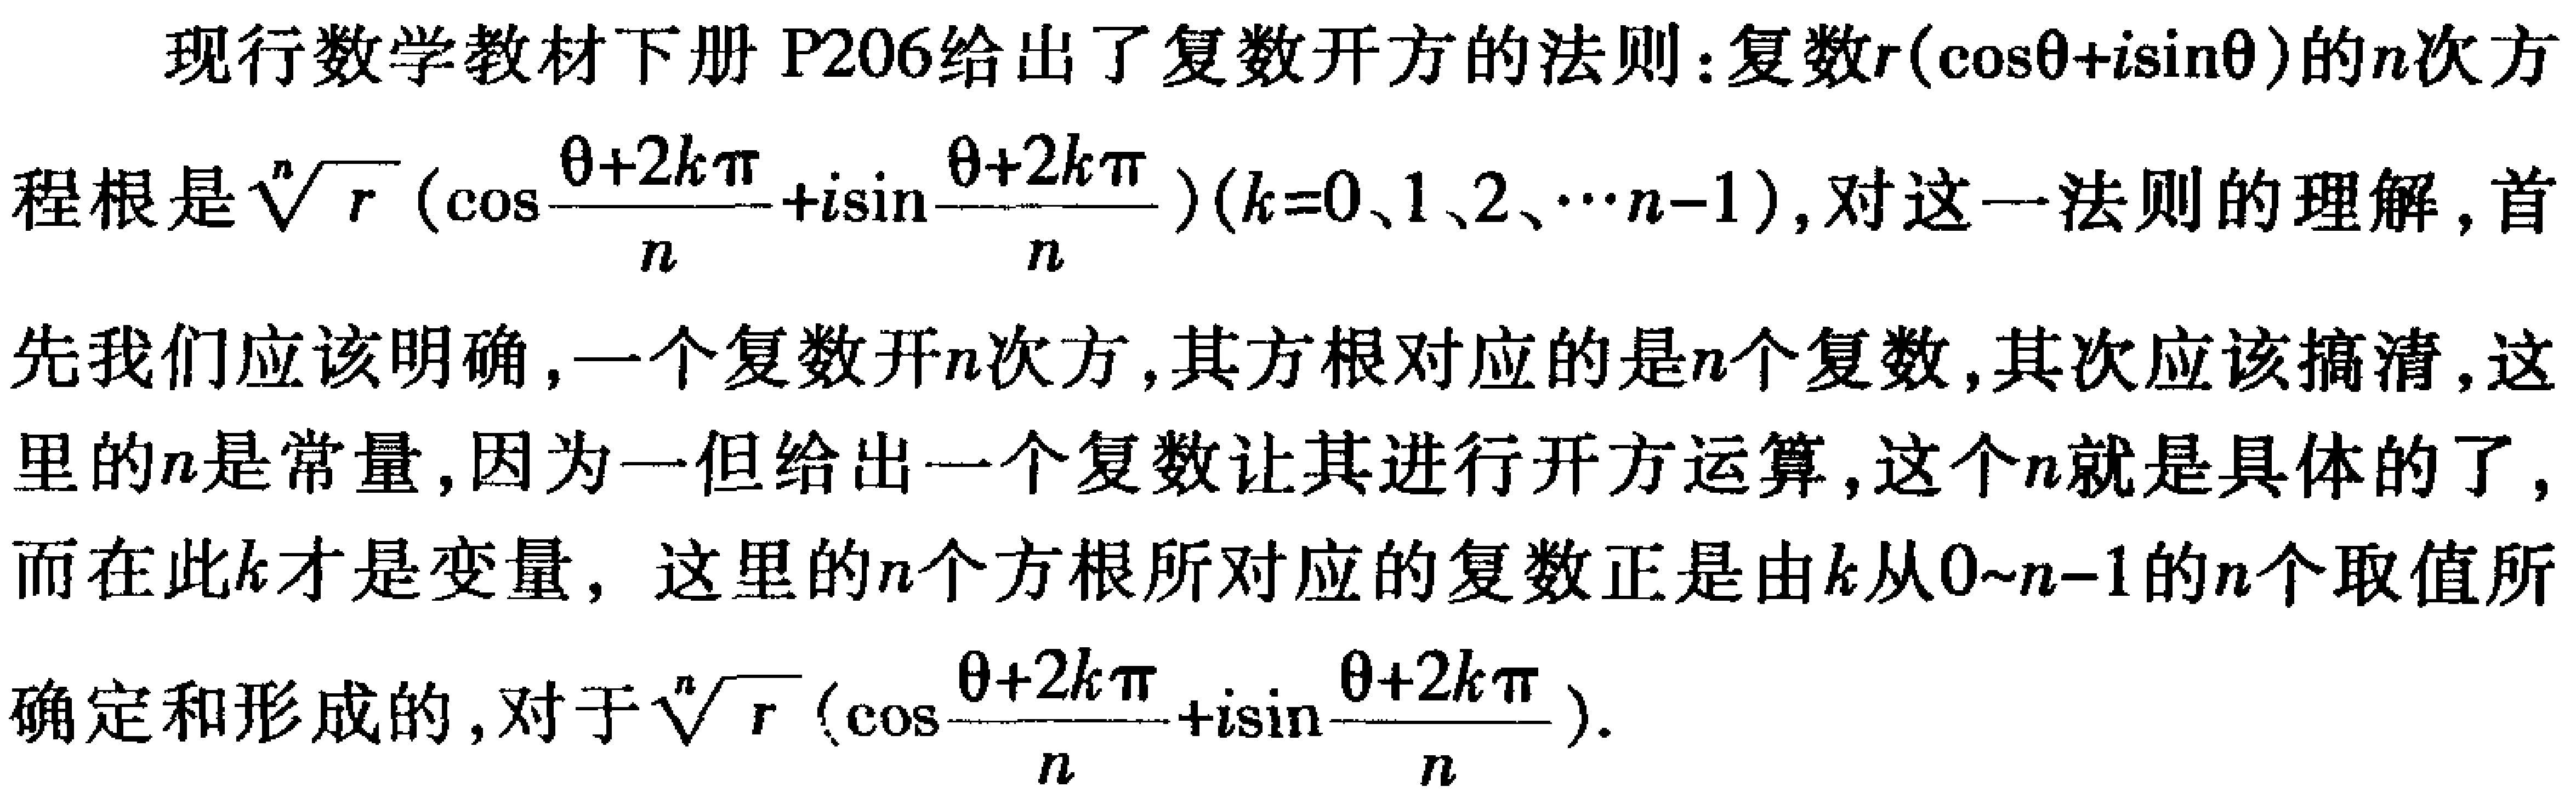
现行数学教材下册 P206给出了复数开方的法则：复数\(r(\cos\theta + i\sin\theta)\)的\(n\)次方程根是\(\sqrt[n]{r}(\cos\frac{\theta + 2k\pi}{n}+i\sin\frac{\theta + 2k\pi}{n})(k = 0、1、2、\cdots n - 1)\)，对这一法则的理解，首先我们应该明确，一个复数开\(n\)次方，其方根对应的是\(n\)个复数，其次应该搞清，这里的\(n\)是常量，因为一但给出一个复数让其进行开方运算，这个\(n\)就是具体的了，而在此\(k\)才是变量，这里的\(n\)个方根所对应的复数正是由\(k\)从\(0\sim n - 1\)的\(n\)个取值所确定和形成的，对于\(\sqrt[n]{r}(\cos\frac{\theta + 2k\pi}{n}+i\sin\frac{\theta + 2k\pi}{n})\)。